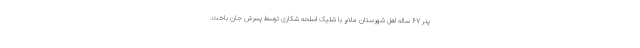
پدر ۶۷ ساله اهل شهرستان ملایر با شلیک اسلحه شکاری توسط پسرش جان باخت.